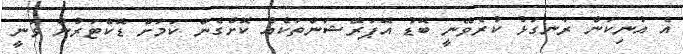
އެ އުނިކަން ރަނގަޅު ކުރެވޭނީ ބޮޑު އޮޕަރޭޝަންތަކެއް ކޮށްގެން ކަމަށް ޑޮކްޓަރުން ވަނީ